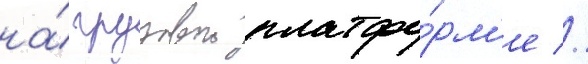
на́ грузовои платфо́рм'е //